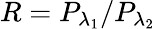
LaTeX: R=P_{\lambda_{1}}/P_{\lambda_{2}}